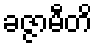
ခဇ္ဇာမီတိ